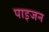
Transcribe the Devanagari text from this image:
पाइजन